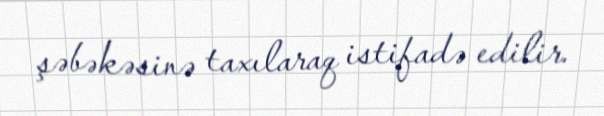
şəbəkəsinə taxılaraq istifadə edilir.